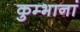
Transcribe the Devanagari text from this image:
कुम्भानां